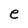
Character: e